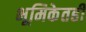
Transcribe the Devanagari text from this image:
भूमिकेतही